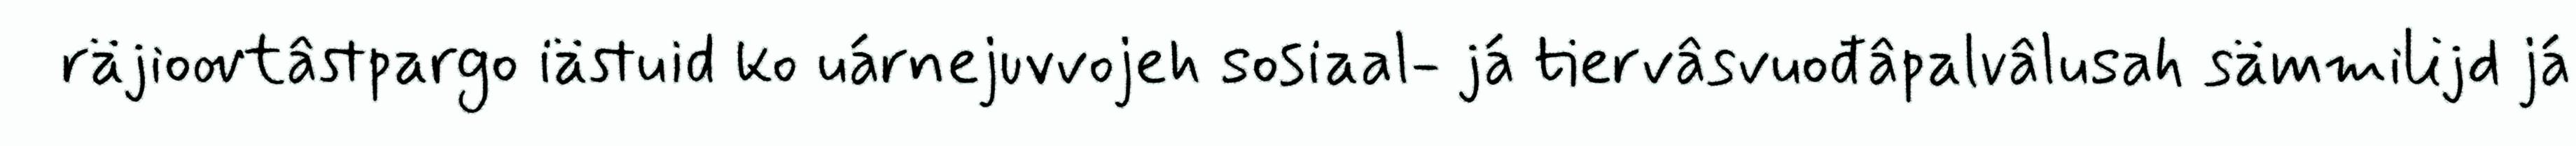
räjioovtâstpargo iästuid ko uárnejuvvojeh sosiaal- já tiervâsvuođâpalvâlusah sämmilijd já